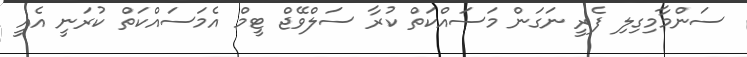
ސަންމާމިގިލި ފެރީ ނަގަން މަސައްކަތް ކުރާ ސަލްވޭޖް ޓީމް އެމަސައްކަތް ކުރަނީ އެއީ